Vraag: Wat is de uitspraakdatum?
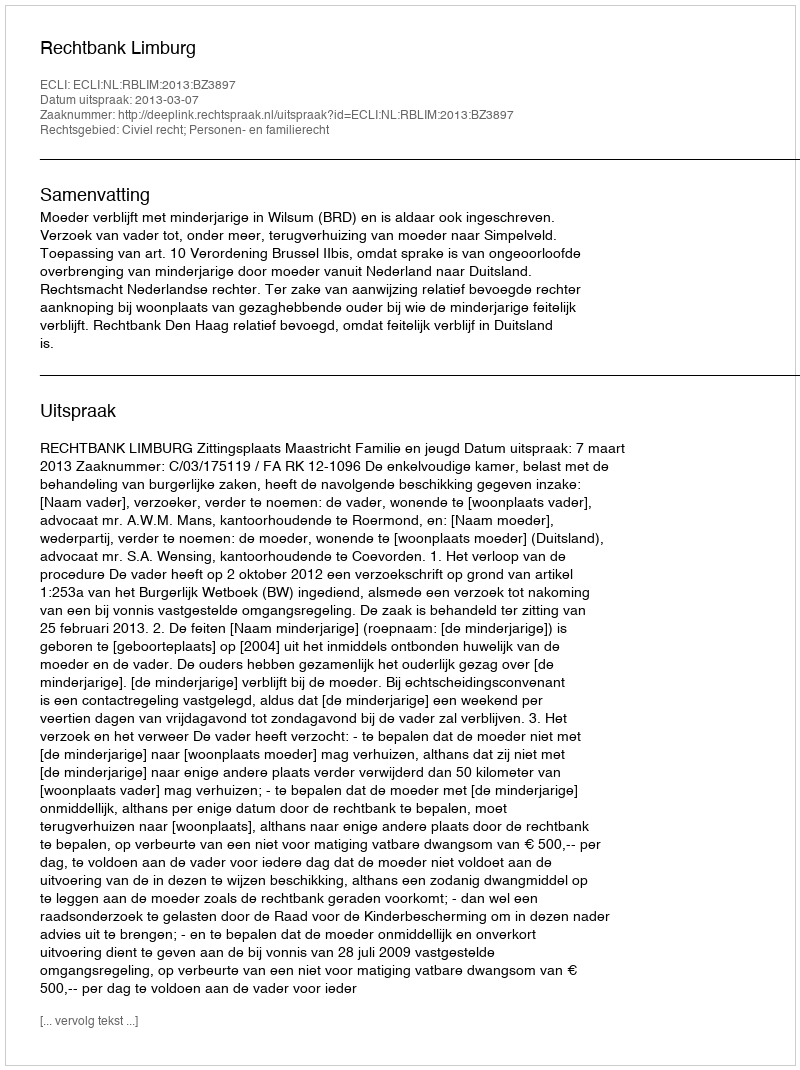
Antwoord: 2013-03-07